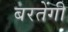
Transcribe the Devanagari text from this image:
बरतेंगी